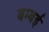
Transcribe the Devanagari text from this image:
बम्‍बई